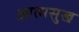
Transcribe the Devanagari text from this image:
आत्मसुख